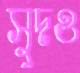
সুদও